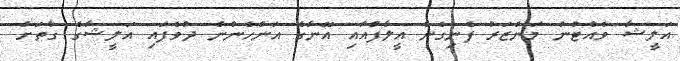
އަލީޝާ ވެއްޓުނު މަންޒަރު ފެނިގެން އީލާފްއާއި އޭނާގެ އަންހެނުން ދުވެފައި އަލީޝާގެ ގާތަށް